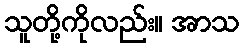
သူတို့ကိုလည်း။ အာသ